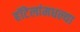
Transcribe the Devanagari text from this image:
हॉटेलांमधल्या